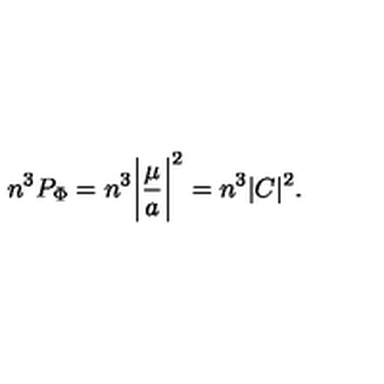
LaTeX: n ^ { 3 } P _ { \mathrm { \Phi } } = n ^ { 3 } \biggl \vert \frac { \mu } { a } \biggr \vert ^ { 2 } = n ^ { 3 } \vert C \vert ^ { 2 } .